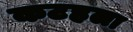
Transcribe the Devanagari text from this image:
कटहला